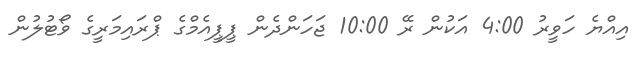
އިއްޔެ ހަވީރު 4:00 އަކުން ރޭ 10:00 ޖަހަންދެން ޕީޕީއެމްގެ ޕްރައިމަރީގެ ވޯޓުލުން